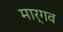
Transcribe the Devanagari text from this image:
मार्गव